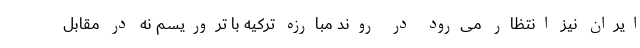
ایران نیز انتظار می‌رود در روند مبارزه ترکیه با تروریسم نه در مقابل